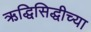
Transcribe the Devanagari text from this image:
ऋद्धिसिद्धीच्या